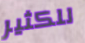
للكثير